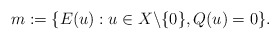
\begin{align*} m:=\{ E(u) : u \in X \backslash\{0\}, Q(u)=0\}.\end{align*}